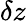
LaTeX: \delta z